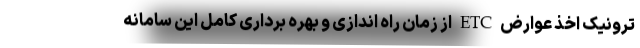
ترونیک اخذ عوارض ETC از زمان راه اندازی و بهره برداری کامل این سامانه